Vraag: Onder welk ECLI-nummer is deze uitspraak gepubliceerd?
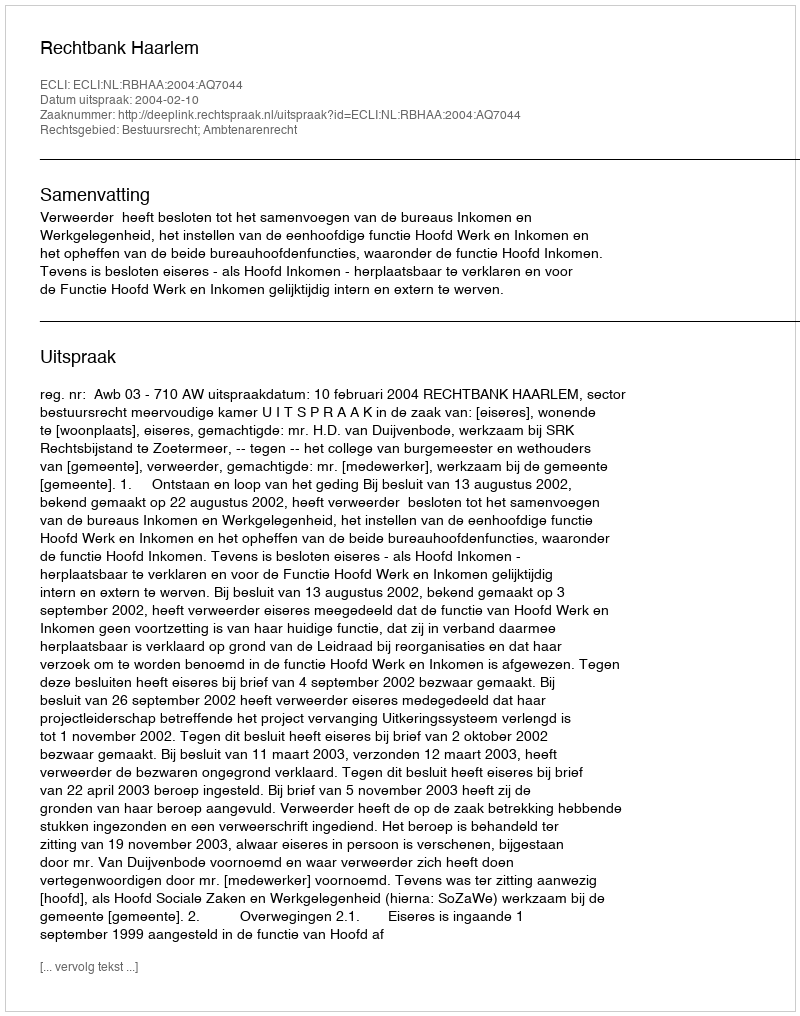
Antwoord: ECLI:NL:RBHAA:2004:AQ7044